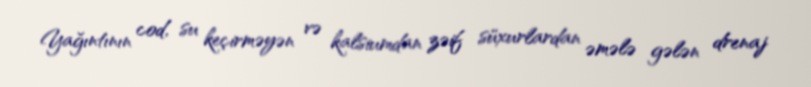
Yağıntının cod, su keçirməyən və kalsiumdan zəif süxurlardan əmələ gələn drenaj